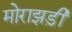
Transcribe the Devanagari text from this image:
मोराझड़ी